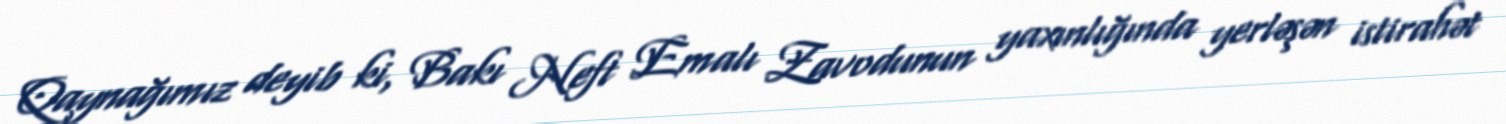
Qaynağımız deyib ki, Bakı Neft Emalı Zavodunun yaxınlığında yerləşən istirahət